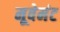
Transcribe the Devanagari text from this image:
मूवेमंट